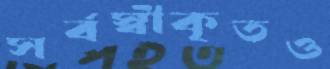
সর্বস্বীকৃতও